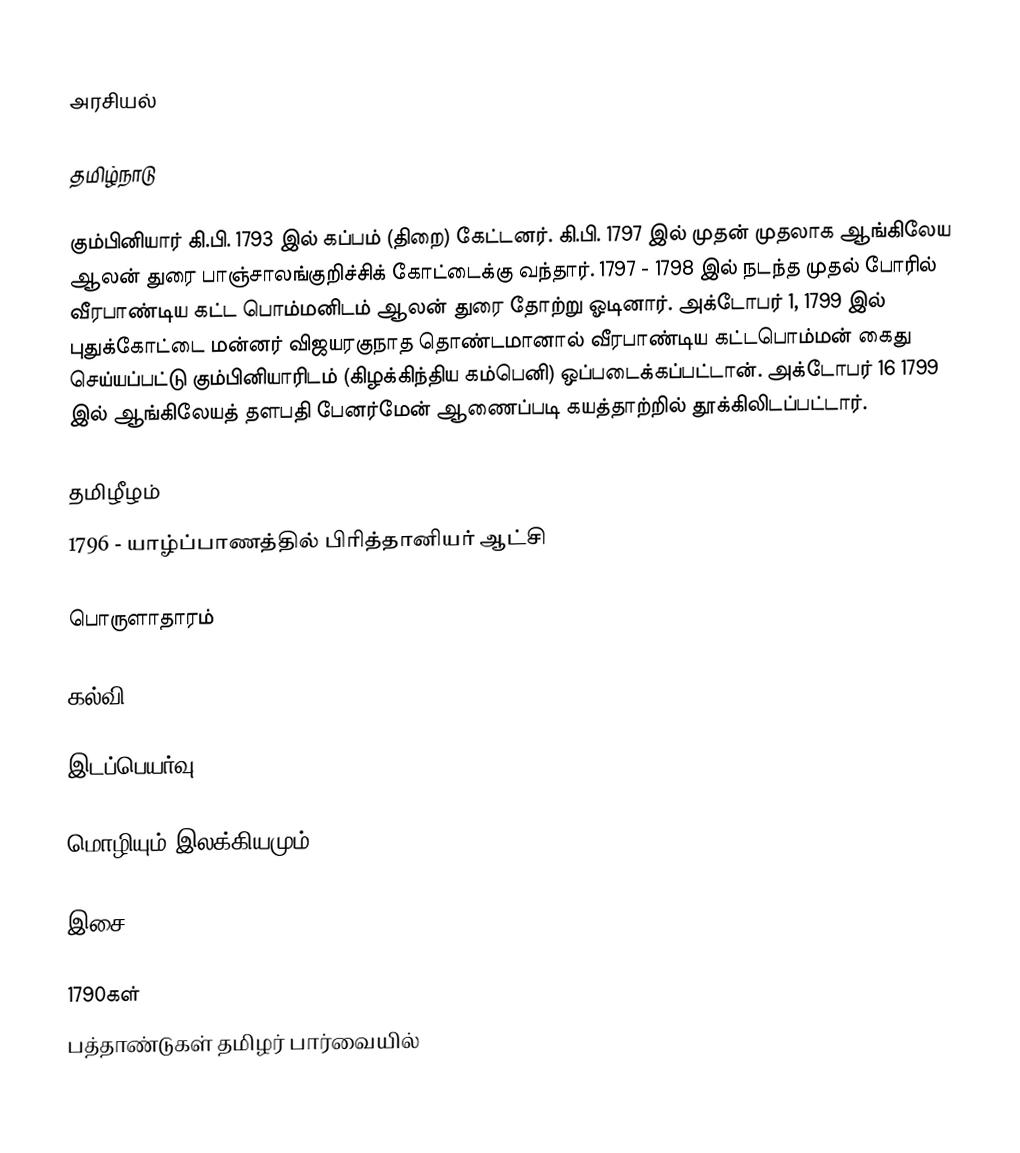

அரசியல்

தமிழ்நாடு

கும்பினியார் கி.பி. 1793 இல் கப்பம் (திறை) கேட்டனர். கி.பி. 1797 இல் முதன் முதலாக ஆங்கிலேய ஆலன் துரை பாஞ்சாலங்குறிச்சிக் கோட்டைக்கு வந்தார். 1797 - 1798 இல் நடந்த முதல் போரில் வீரபாண்டிய கட்ட பொம்மனிடம் ஆலன் துரை தோற்று ஓடினார்.  அக்டோபர் 1, 1799 இல் புதுக்கோட்டை மன்னர் விஜயரகுநாத தொண்டமானால் வீரபாண்டிய கட்டபொம்மன் கைது செய்யப்பட்டு கும்பினியாரிடம் (கிழக்கிந்திய கம்பெனி) ஒப்படைக்கப்பட்டான்.  அக்டோபர் 16 1799 இல் ஆங்கிலேயத் தளபதி பேனர்மேன் ஆணைப்படி கயத்தாற்றில் தூக்கிலிடப்பட்டார்.

தமிழீழம்
 1796 - யாழ்ப்பாணத்தில் பிரித்தானியர் ஆட்சி

பொருளாதாரம்

கல்வி

இடப்பெயர்வு

மொழியும் இலக்கியமும்

இசை

1790கள்
பத்தாண்டுகள் தமிழர் பார்வையில்